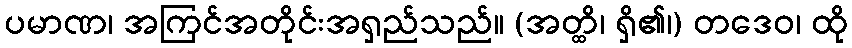
ပမာဏ၊ အကြင်အတိုင်းအရှည်သည်။ (အတ္ထိ၊ ရှိ၏၊) တဒေဝ၊ ထို